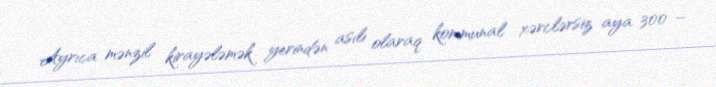
Ayrıca mənzil kirayələmək yerindən asılı olaraq kommunal xərclərsiz aya 300 –